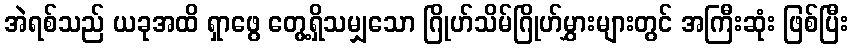
အဲရစ်သည် ယခုအထိ ရှာဖွေ တွေ့ရှိသမျှသော ဂြိုဟ်သိမ်ဂြိုဟ်မွှားများတွင် အကြီးဆုံး ဖြစ်ပြီး